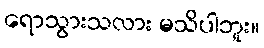
ရောသွားသလား မသိပါဘူး။